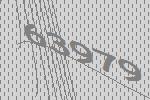
63979